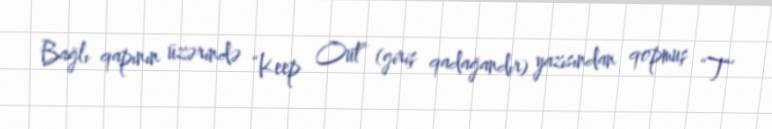
Bağlı qapının üzərində “Keep Out” (giriş qadağandır) yazısından qopmuş “T”